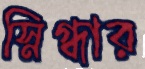
স্নিগ্ধার